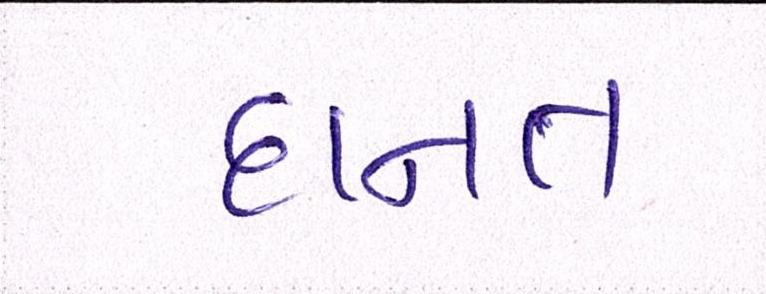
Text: દાનત